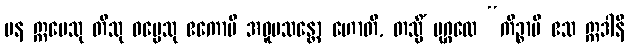
ပန ဣမေသု တီသု ဓမ္မေသု ဧကောပိ အဝူပသန္တော ဟောတိ, တသ္မိံ ပုဂ္ဂလေ “ကိဉ္စာပိ ဧသ ဣဒါနိ